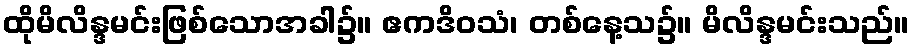
ထိုမိလိန္ဒမင်းဖြစ်သောအခါ၌။ ဧကဒိဝသံ၊ တစ်နေ့သ၌။ မိလိန္ဒမင်းသည်။